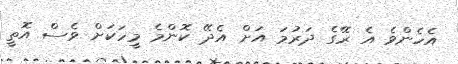
އެހެންވެ އެ ރޭގެ ދަރުމަ އަށް އެދޭ ކޮންމެ މީހަކަށް ވެސް އޮތީ